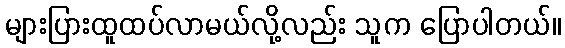
များပြားထူထပ်လာမယ်လို့လည်း သူက ပြောပါတယ်။